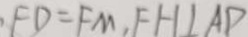
F D = F M , F H \bot A D